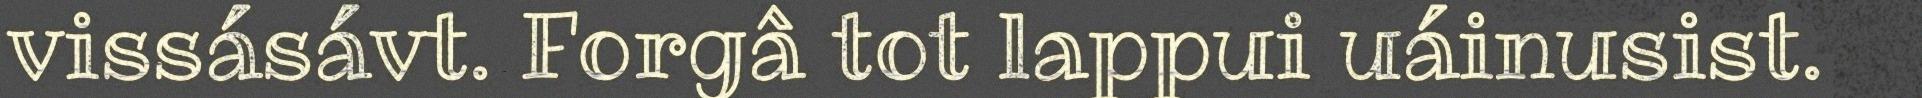
vissásávt. Forgâ tot lappui uáinusist.